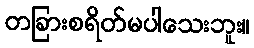
တခြားစရိတ်မပါသေးဘူး။